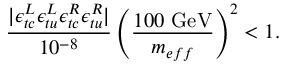
{ \frac { | \epsilon _ { t c } ^ { L } \epsilon _ { t u } ^ { L } \epsilon _ { t c } ^ { R } \epsilon _ { t u } ^ { R } | } { 1 0 ^ { - 8 } } } \left( { \frac { 1 0 0 ~ \mathrm { G e V } } { m _ { e f f } } } \right) ^ { 2 } < 1 .